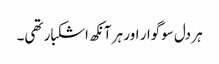
ہر دل سوگوار اور ہر آنکھ اشکبار تھی۔